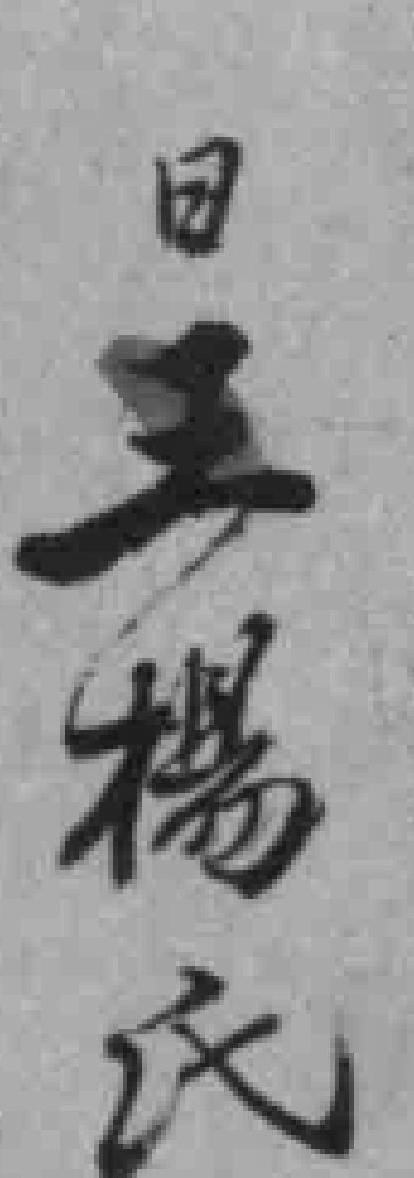
日王楊氏